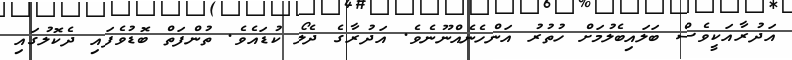
އަދުރާއަކީވެސް ބަލައިބެލުމަށް ހުތުރު އަންހެނެއްނޫނެވެ. އަދުރާގެ ދެލޯ ކުޑައެވެ. ތުންފަތް ބޮޑުވެފައި ދެކޮލުގައި